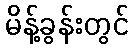
မိန့်ခွန်းတွင်